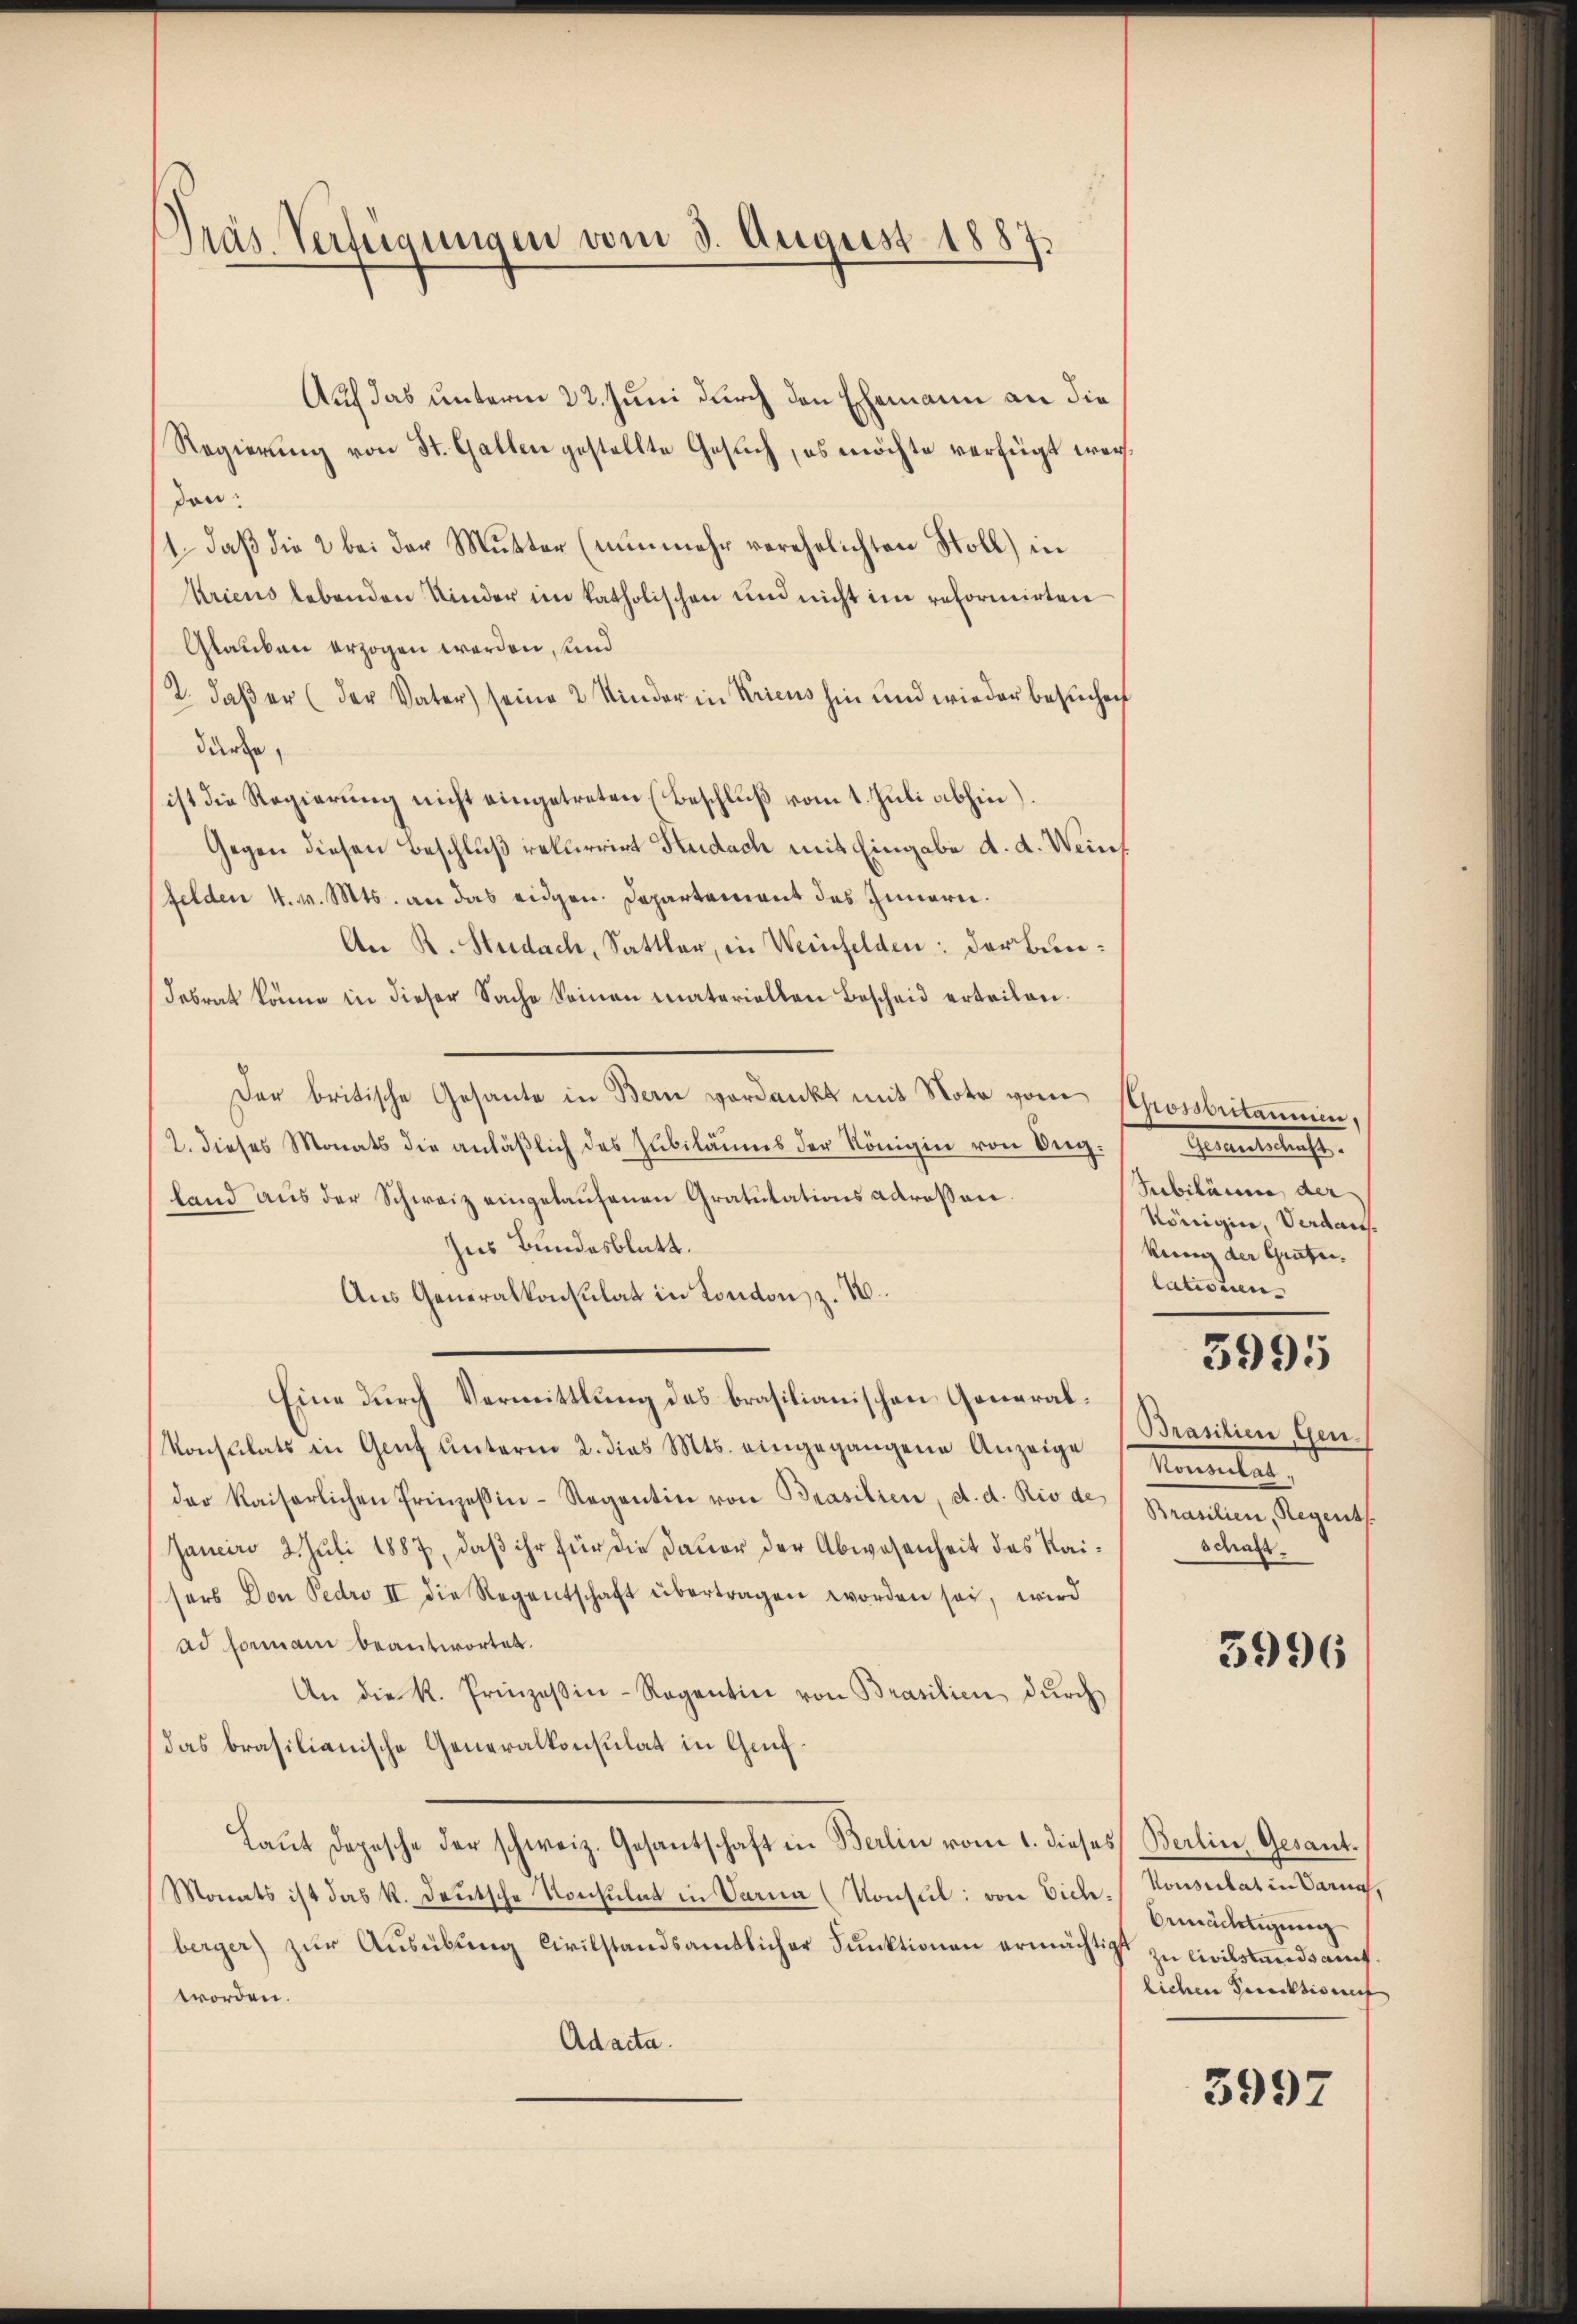
Pras Verfügungen vom 3. August 1887.

Auf das unterm 22. Juni durch den Ehemann an die
Regierung von St. Gallen gestellte Gesuch, es möchte verfügt werden:
1. daß die 2 bei der Mutter (nunmehr verehelichten Stoll) in
Kricus lebenden Kinder im katholischen und nicht im reformirten
Glauben erzogen werden, und
2. daβ er (der Vater) seine 2 Kinder in Kricus hin und wieder besuchen
dürfe,
ist die Regierung nicht eingetreten (Beschluß vom 1. Juli abhin).
Gegen diesen Beschluß rekurrirt Hudach mit Eingabe d. d. Weinf
felden 4. v. Mts. an das eidgen. Departament des Innern.
An R. Studach, Sattler, in Weinfelden: der Bundesrat könne in dieser Sache keinen materiellen Bescheid erteilen¬
Der britische Gesante in Bern verdankt mit Note vom Grossbritannien,
2. dieses Monats die anläβlich des Jubiläums der Königin von Bieg.
land aŭs der Schweiz eingelaŭfenen Gratulations adressen.
Ins Bundesblatt.
Aus Generalkonsulat in London, z. 10.
Eine durch Vermittlung des brasilianischen General¬
Konsulats in Genf unterm 2. dies Mts. eingegangene Anzeige
der kaiserlichen Prinzeßin-Regentin von Brasilien, d. d. Rio de Brantien, Regents.
Janeiro 2. Juli 1887, daß ihr für die Dauer der Abwesenheit des Kaisers Don Fedro II die Regentschaft übertragen worden sei, wird
ad formann beantwortet.
An die K. Prinzeßin-Regentin von Brasilien dŭrch
das brasilianische Generalkonsulat in Genf¬
Laŭt Depesche der schweiz. Gesantschaft in Berlin vom 1. dieses
Monats ist das k. Deutsche Konsulat in Varna (Konsul: von Dich.
berger) zŭr Aŭsübŭng Civilstandsamtlicher Funktionen ermächtigt zŭ civilstandsamt.
worden.
Adacta.

Generalschaft.
Subiläume der
Königine, Verdankung der Gratur.
lationen
5995
Brasilien, Gen.
Komenten
schaft.

3996

Berlin Gesant.
Konsulat in Darnach,
bemächtigung
lichen Punktiones

3997